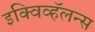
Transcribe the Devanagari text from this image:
इक्विव्हॅलन्स